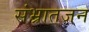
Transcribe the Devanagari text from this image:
संभ्रातजन